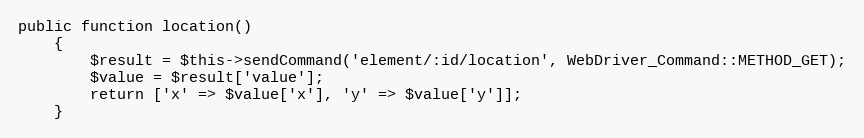
Language: PHP
public function location()
    {
        $result = $this->sendCommand('element/:id/location', WebDriver_Command::METHOD_GET);
        $value = $result['value'];
        return ['x' => $value['x'], 'y' => $value['y']];
    }